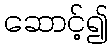
ဆောင့်၍